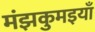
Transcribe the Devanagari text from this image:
मंझकुमइयाँ